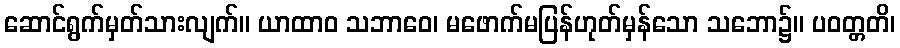
ဆောင်ရွက်မှတ်သားလျက်။ ယာထာဝ သဘာဝေ၊ မဖောက်မပြန်ဟုတ်မှန်သော သဘော၌။ ပဝတ္တတိ၊